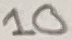
Text: 10